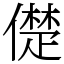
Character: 儊